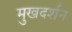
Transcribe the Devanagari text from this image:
मुखदर्शन